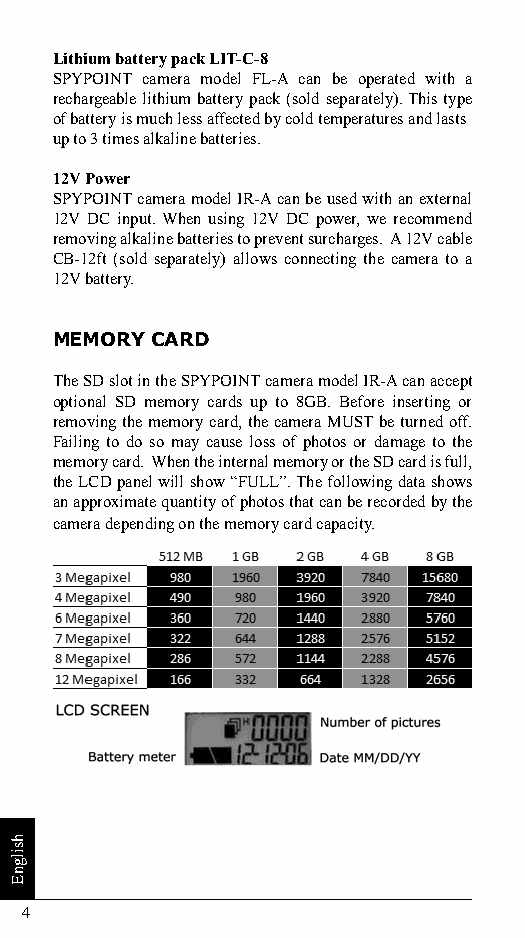
Lithium battery pack LIT-C-8
 SPYPOINT camera model FL-A can be operated with a
 rechargeable lithium battery pack (sold separately). This type
 of battery is much less affected by cold temperatures and lasts
 up to 3 times alkaline batteries.
 12V Power
 SPYPOINT camera model IR-A can be used with an external
 12V DC input. When using 12V DC power, we recommend
 removing alkaline batteries to prevent surcharges. A 12V cable
 CB-12ft (sold separately) allows connecting the camera to a
 12V battery.
 MEMORY CARD
 The SD slot in the SPYPOINT camera model IR-A can accept
 optional SD memory cards up to 8GB. Before inserting or
 removing the memory card, the camera MUST be turned off.
 Failing to do so may cause loss of photos or damage to the
 memory card. When the internal memory or the SD card is full,
 the LCD panel will show “FULL”. The following data shows
 an approximate quantity of photos that can be recorded by the
 camera depending on the memory card capacity.
 4
 hsilgnE